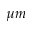
\mu m